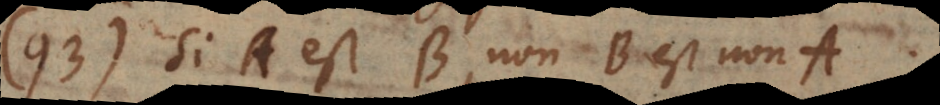
93) Si A est B, non-B est non-A.